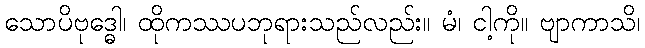
သောပိဗုဒ္ဓေါ၊ ထိုကဿပဘုရားသည်လည်း။ မံ၊ ငါ့ကို။ ဗျာကာသိ၊